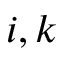
i , k